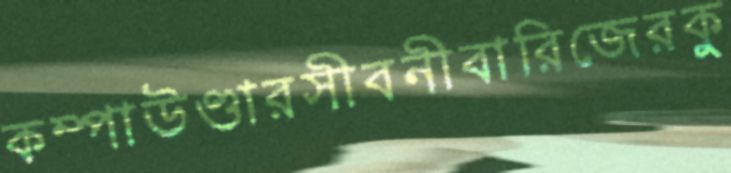
কম্পাউণ্ডারসীবনীবারিজেরকু